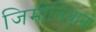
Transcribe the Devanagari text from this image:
जिमीनियानो